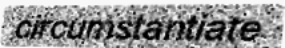
circumstantiate